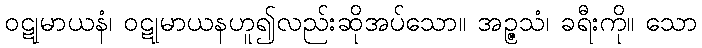
ဝဋုမာယနံ၊ ဝဋုမာယနဟူ၍လည်းဆိုအပ်သော။ အဉ္ဇသံ၊ ခရီးကို။ သော